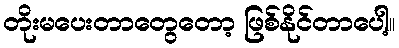
တိုးမပေးတာတွေတော့ ဖြစ်နိုင်တာပေါ့။